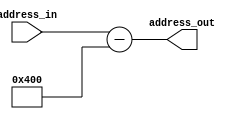
module Address_Mapping (
	input [31:0]address_in,
	output [31:0] address_out
	
);

assign address_out = address_in - 32'd1024; 

endmodule